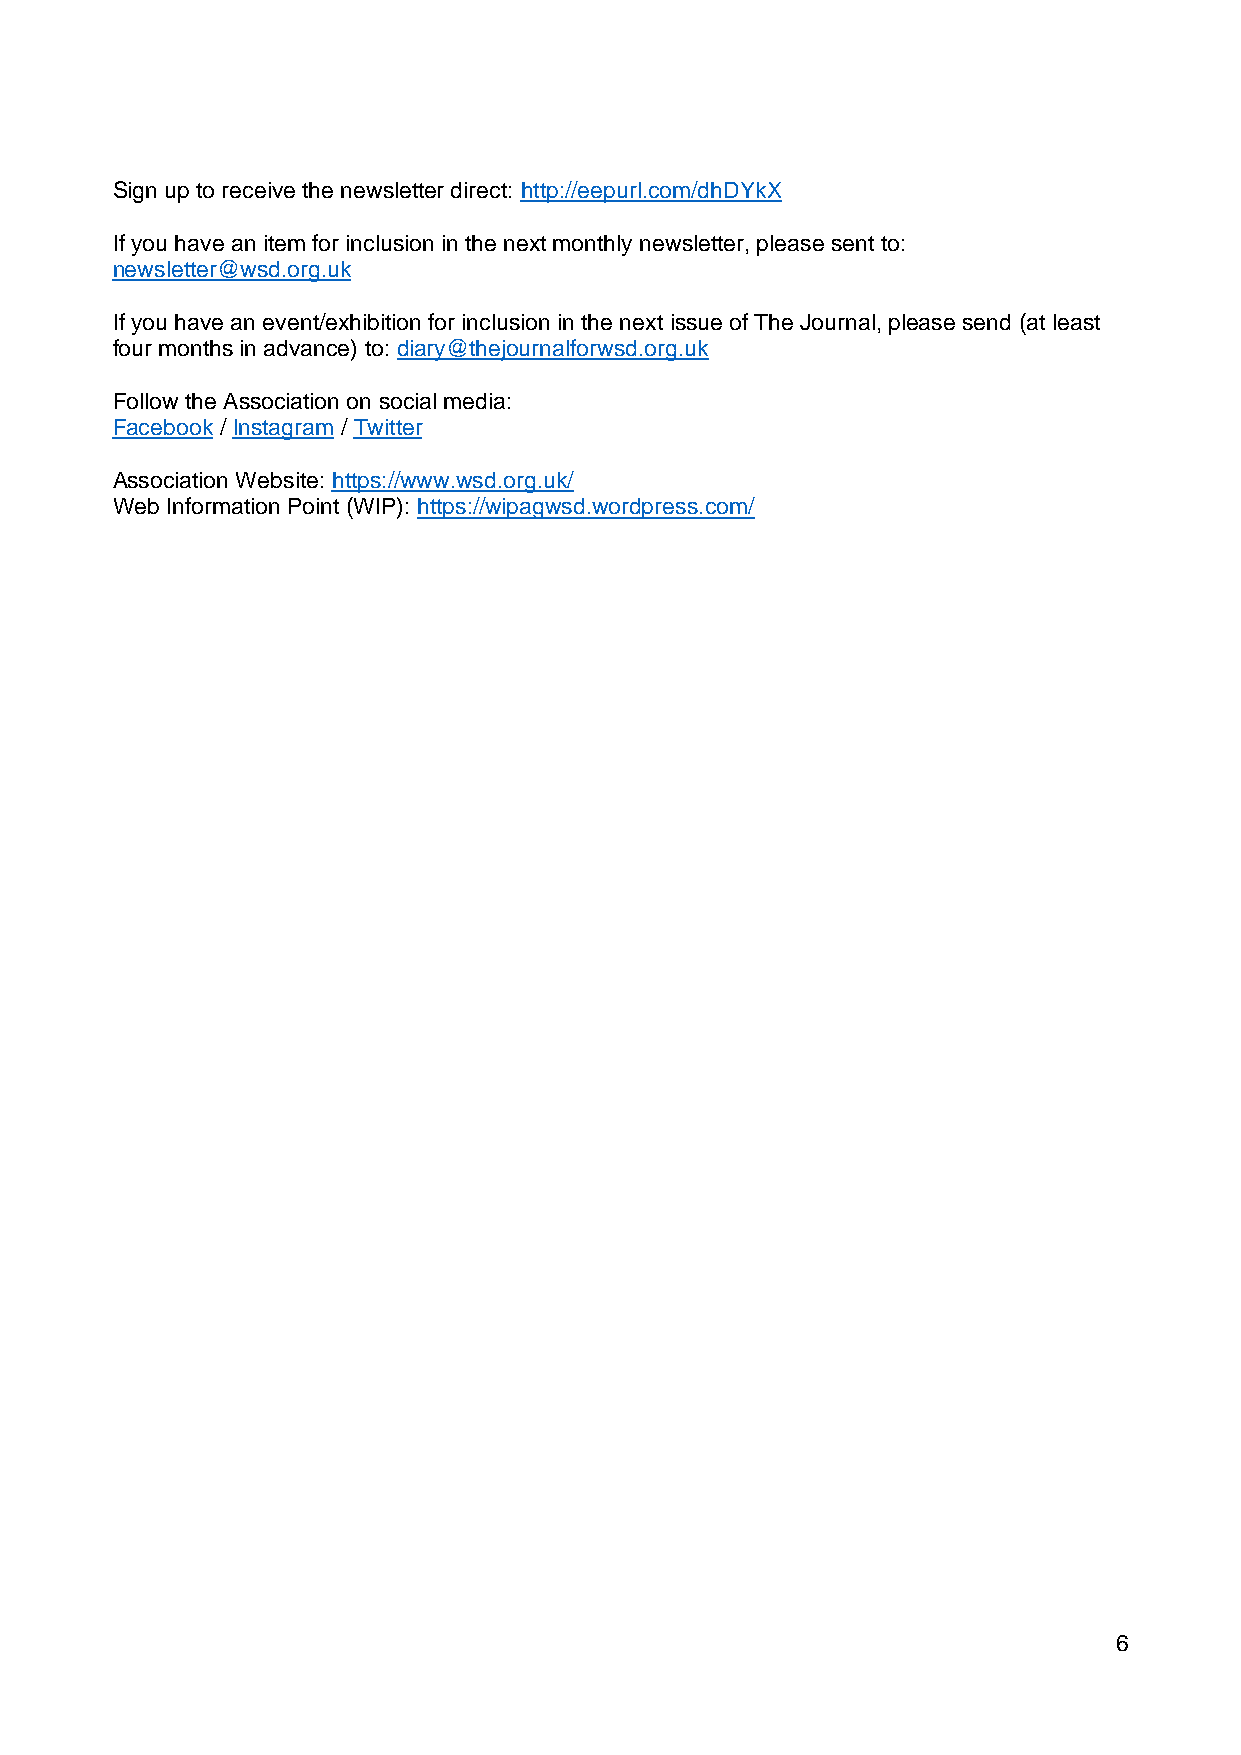
Sign up to receive the newsletter direct: http://eepurl.com/dhDYkX
 If you have an item for inclusion in the next monthly newsletter, please sent to:
 newsletter@wsd.org.uk
 If you have an event/exhibition for inclusion in the next issue of The Journal, please send (at least
 four months in advance) to: diary@thejournalforwsd.org.uk
 Follow the Association on social media:
 Facebook / Instagram / Twitter
 Association Website: https://www.wsd.org.uk/
 Web Information Point (WIP): https://wipagwsd.wordpress.com/
 6